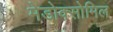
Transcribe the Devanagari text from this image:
मेडोक्सोमिल